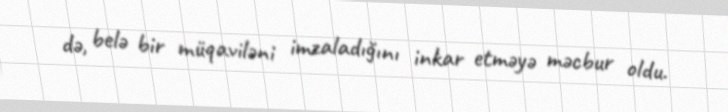
də, belə bir müqaviləni imzaladığını inkar etməyə məcbur oldu.